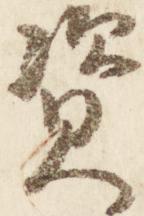
資